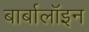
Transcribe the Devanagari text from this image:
बार्बालॉइन